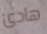
هادئ